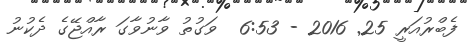
ފެބްރުއަރީ 25